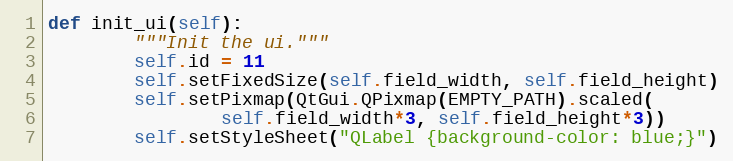
Language: Python
def init_ui(self):
        """Init the ui."""
        self.id = 11
        self.setFixedSize(self.field_width, self.field_height)
        self.setPixmap(QtGui.QPixmap(EMPTY_PATH).scaled(
                self.field_width*3, self.field_height*3))
        self.setStyleSheet("QLabel {background-color: blue;}")